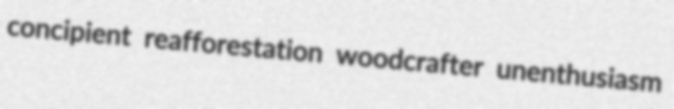
concipient reafforestation woodcrafter unenthusiasm